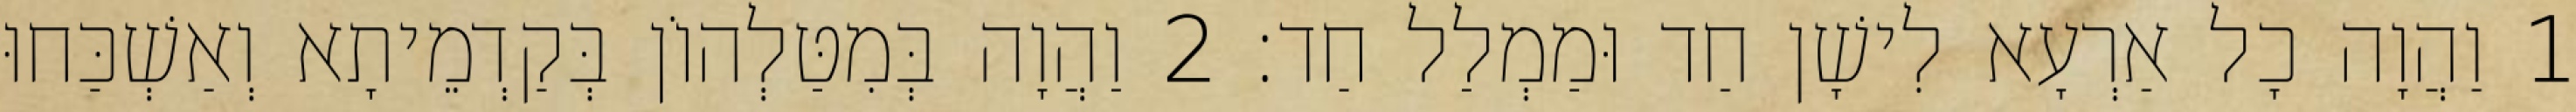
1 וַהֲוָה כָל אַרְעָא לִישָׁן חַד וּמַמְלַל חַד׃ 2 וַהֲוָה בְּמִטַּלְהוֹן בְּקַדְמֵיתָא וְאַשְׁכַּחוּ